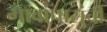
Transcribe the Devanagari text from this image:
गावांपासुंची